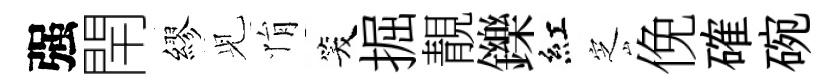
强閈繆𫤗悁笑掘靚鑠紅㝎俛確碗